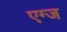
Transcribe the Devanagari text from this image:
एग्ज